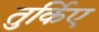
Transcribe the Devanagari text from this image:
तुर्किए